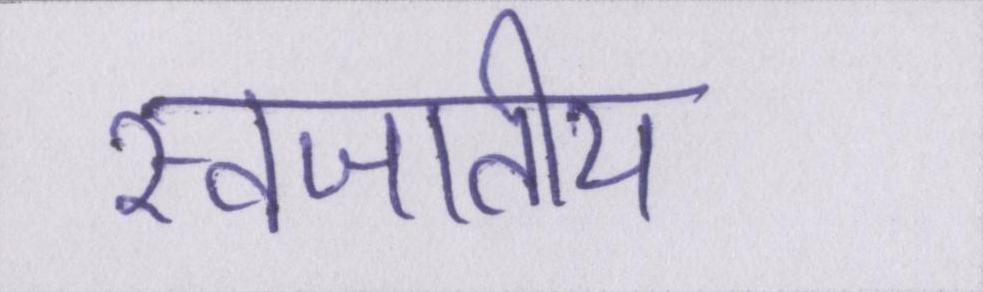
स्वजातीय